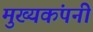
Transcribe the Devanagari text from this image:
मुख्यकंपनी